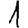
Digit: 1